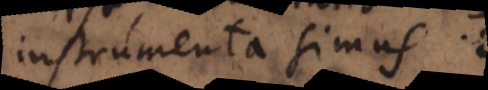
instrumenta simus;